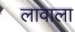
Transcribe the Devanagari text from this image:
लावाला